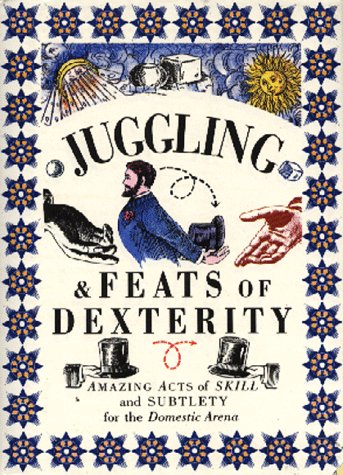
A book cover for Juggling & Feats of Dexterity: Amazing Acts of Skill and Subtlety for the Domestic Arena (The Pocket Entertainers); Lorenz Books; Sports & Outdoors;